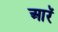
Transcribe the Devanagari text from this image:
आरॅ